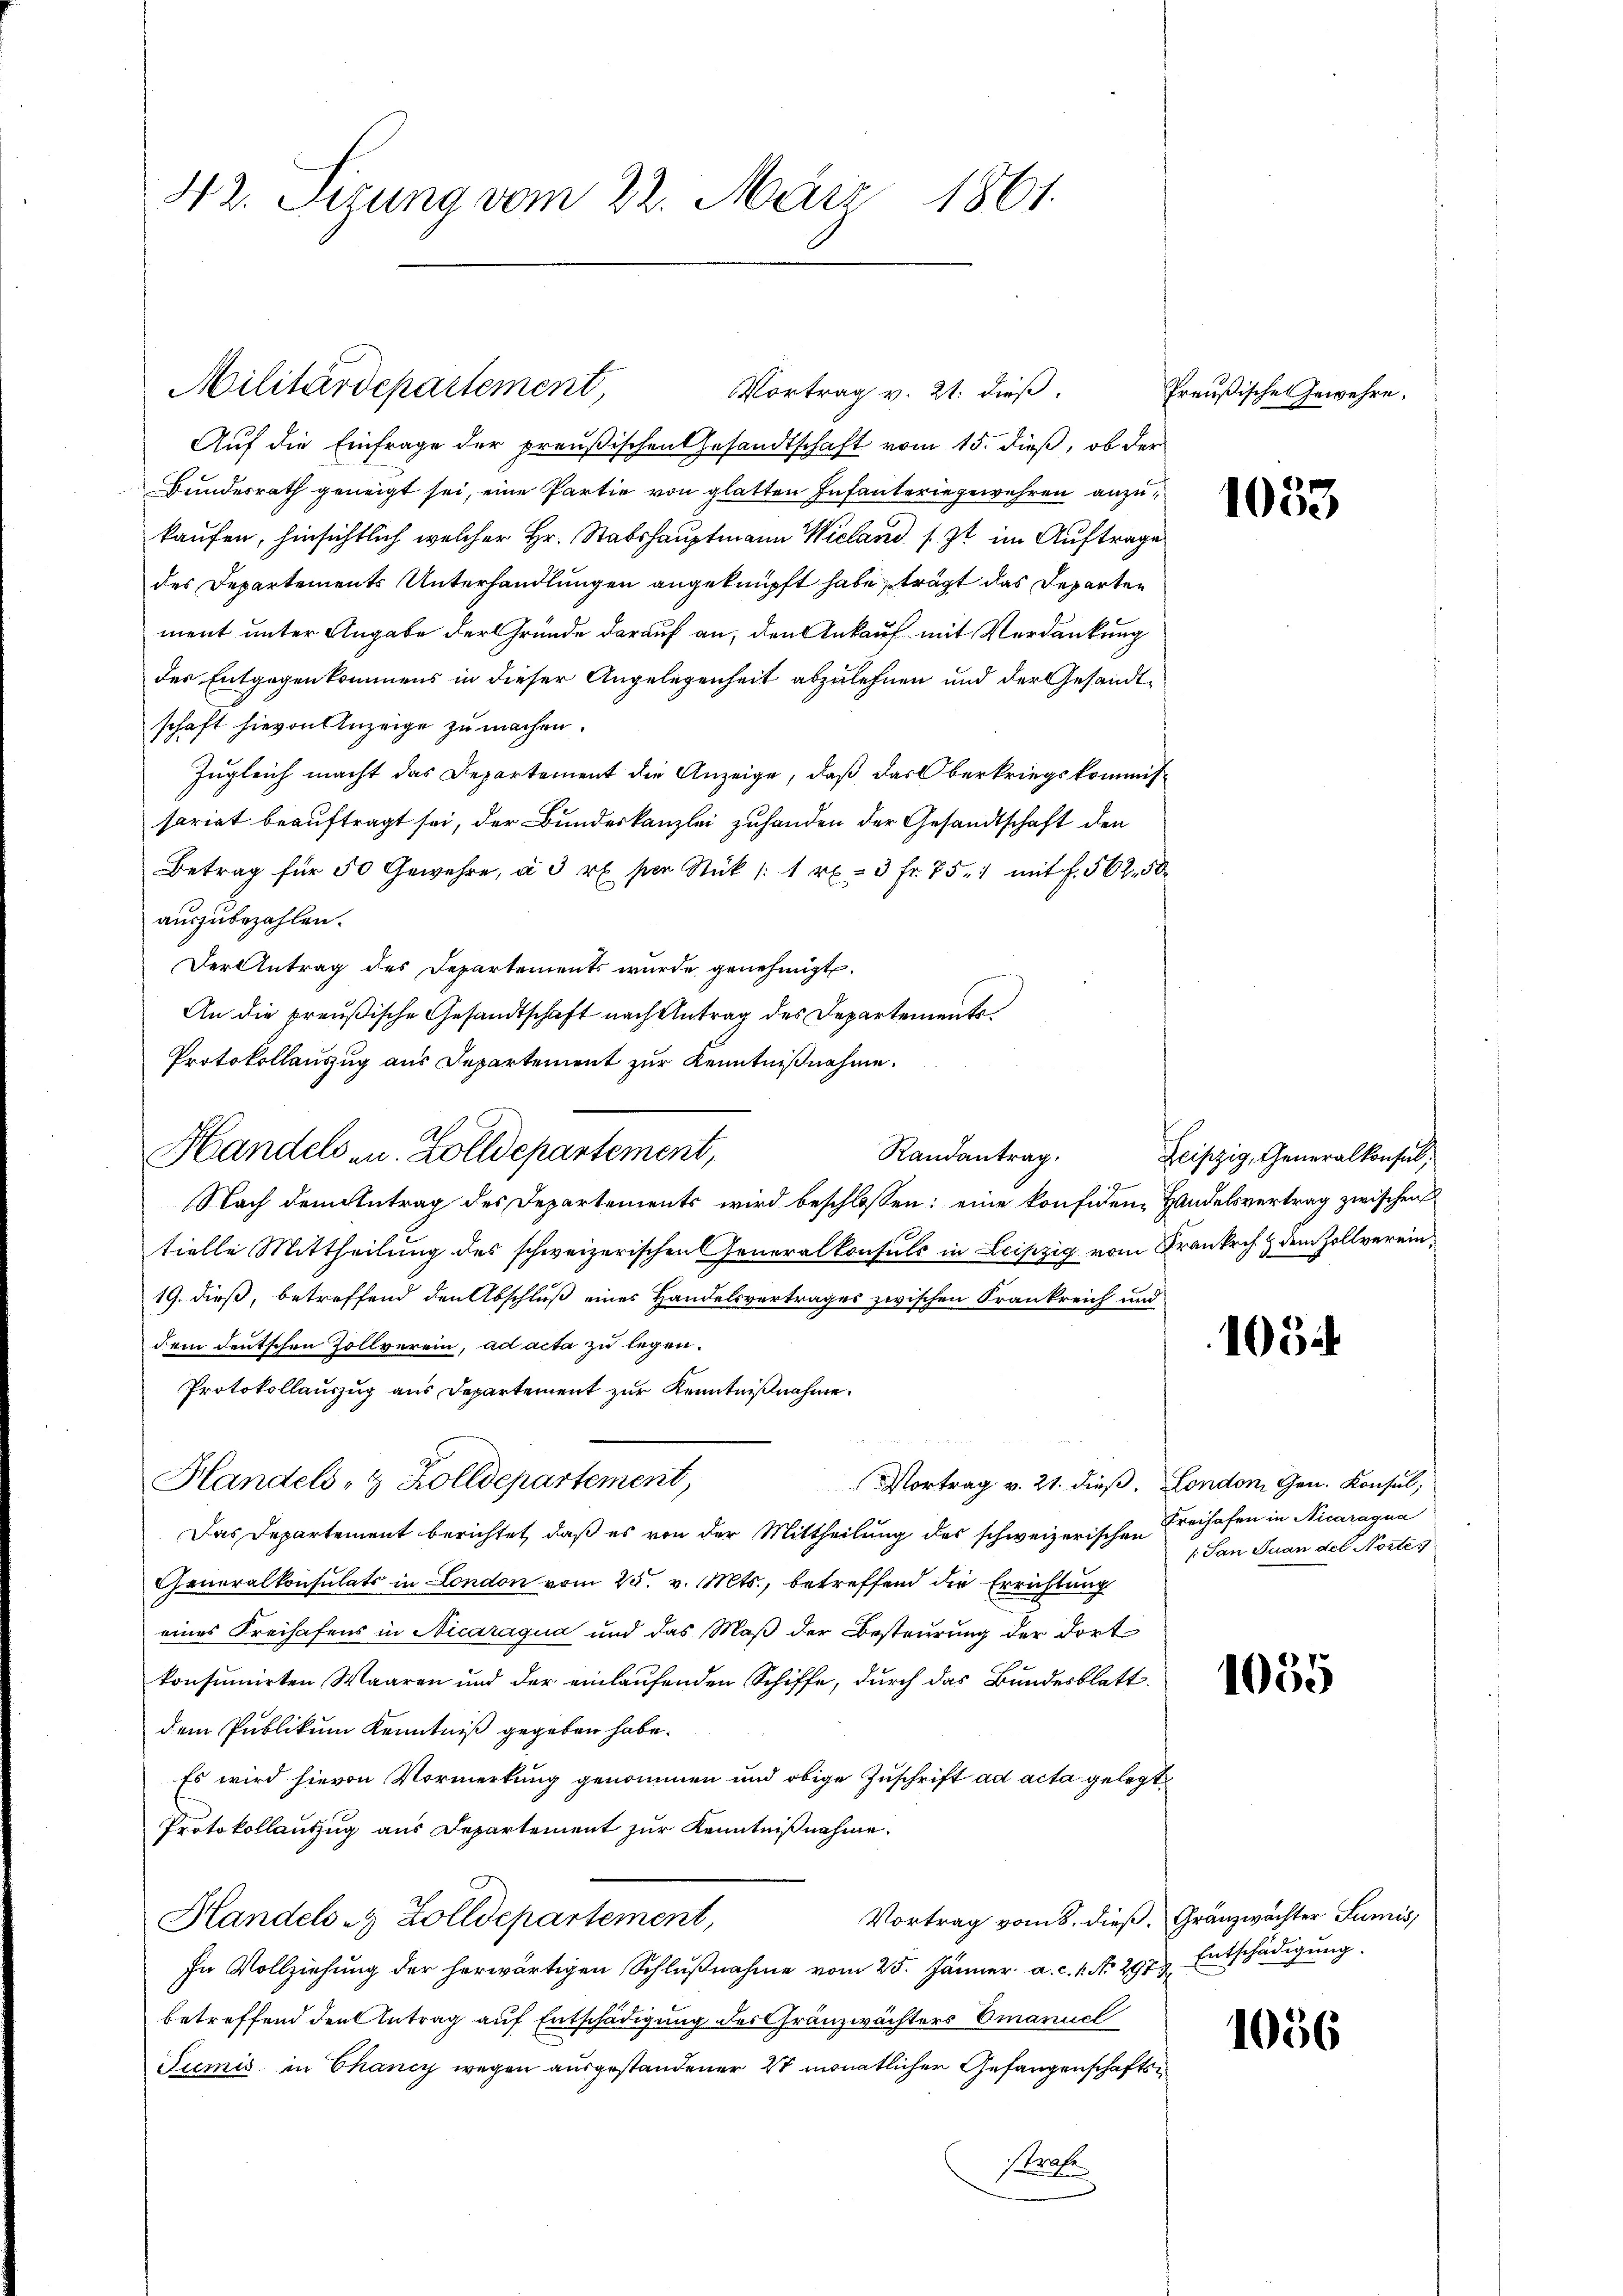
42. Sizung vom 22. März 1861.

Auf die Einfrage der preußischen Gesandtschaft vom 15. dieß, ob der
Bundesrath geneigt sei, eine Partie von glatten Infanteriegewehren anzukaufen, hinsichtlich welcher Hr. Stabshauptmann Wieland sit im Auftrage
des Departements Unterhandlungen angeknüpft habe, trägt das Departen
ment unter Angabe der Gründe darauf an, den Ankauf mit Verdankung
der Entgegenkommens in dieser Angelegenheit abzulehnen und der Gesandtschaft hievon Anzeige zu machen.
Zugleich macht das Departement die Anzeige, daß das Oberkriegskommissariat beauftragt sei, der Bundeskanzlei zuhanden der Gesandtschaft den
Betrag für 50 Gewehre, à 3 re per Stük 1: 1 rt. 3 fr. 75. 1 mit f. 562. 50
auszubezahlen.
Der Antrag des Departements wurde genehmigt.
An die preußische Gesandtschaft nach Antrag des Departements¬
Protokollauszug aus Departement zur Kenntnißnahme.
Randantrag.
Nach dem Antrag des Departements wird beschlossen: eine konfiden Handelsvertrag zwischen
tielle Mittheilung des schweizerischen Generalkonsuls in Leipzig vom Krankrch. & dem Zollverein¬
19. dieß, betreffend den Abschluß eines Handelsvertrages zwischen Frankreich und
dem deutschen Zollverein, ad acta zu legen.
Protokollauszug aus Departement zur Kenntnißnahme.
a
Handels- & Zolldepartement,
Vortrag v. 21. dieß. London, Gen. Konsul,
Das Departement berichtet, daß es von der Mittheilung des schweizerische Freihafen in Nicaragua
Generalkonsulats in London vom 25. v. Mts., betreffend die Errichtung
eines Freihafens in Nicaraqua und das Maß der Besteurung der dort
konsumirten Waaren und der einlaufenden Schiffe, durch das Bundesblatt.
dem Publikum Kenntniß gegeben habe.
Es wird hievon Vormerkung genommen und obige Zuschrift ad acta gelegt
Protokollauszug aus Departement zur Kenntnißnahme.
Vortrag vom 8. dieß. Gränzwachter Sumis,
Handels es Zolldepartement,
In Vollziehung der herwärtigen Schlŭβnahme vom 25. Jänner a. c. 1. No. 297. Entschädigŭng.
betreffend den Antrag auf Entschädigung des Gränzwächters Emanuel
Sumis in Chancy wegen ausgestandener 2 monatlicher Gefangenschaftsstrafe

Militärdepartement,
Vortrag v. 21. dieß.

Handelsen. Zolldepartement,

Preußische Gewehre.

1053

Leipzig, Generalkonsul,

105

/: San Juan del Nottes

1055

1056